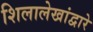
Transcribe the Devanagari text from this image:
शिलालेखांद्वारे